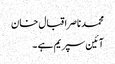
محمدناصراقبال خان
آئین سپریم ہے ۔